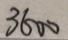
3 6 0 0